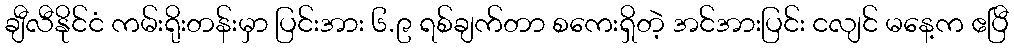
ချီလီနိုင်ငံ ကမ်းရိုးတန်းမှာ ပြင်းအား ၆.၉ ရစ်ချက်တာ စကေးရှိတဲ့ အင်အားပြင်း ငလျင် မနေ့က ဧပြီ